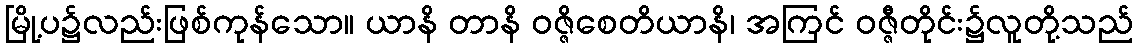
မြို့ပ၌လည်းဖြစ်ကုန်သော။ ယာနိ တာနိ ဝဇ္ဇိစေတိယာနိ၊ အကြင် ဝဇ္ဇီတိုင်း၌လူတို့သည်